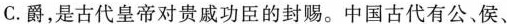
C.爵，是古代皇帝对贵戚功臣的封赐。中国古代有公、侯、